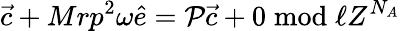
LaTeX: {\vec{c}}+Mrp^{2}\omega{\hat{e}}={\cal P}{\vec{c}}+0\bmod{\ell Z^{N_{A}}}